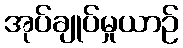
အုပ်ချုပ်မှုယာဉ်